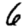
Digit: 6